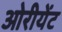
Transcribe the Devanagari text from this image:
ओरीयेंट